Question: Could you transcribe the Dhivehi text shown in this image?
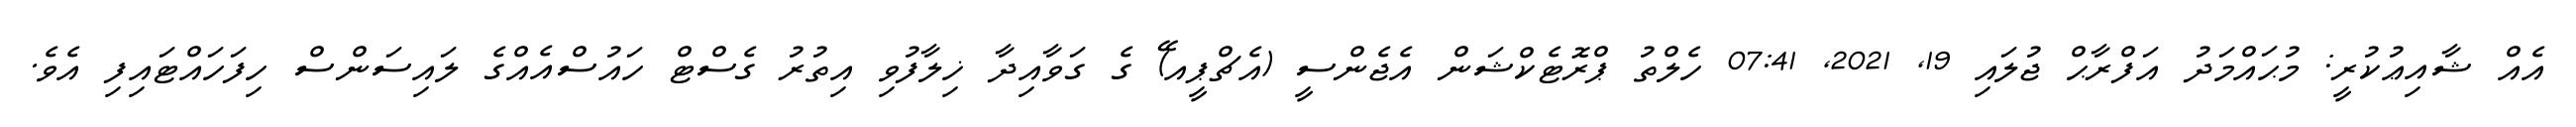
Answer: އެއް ޝާއިޢުކުރީ: މުޙައްމަދު އަފްރާޙް ޖުލައި 19, 2021, 07:41 ހެލްތު ޕްރޮޓެކްޝަން އެޖެންސީ (އެޗްޕީއ)ޭ ގެ ގަވާއިދާ ޚިލާފުވި އިތުރު ގެސްޓް ހައުސްއެއްގެ ލައިސަންސް ހިފަހައްޓައިފި އެވެ.